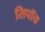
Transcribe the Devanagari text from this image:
सिपॉय